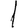
Digit: 1